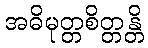
အဓိမုတ္တစိတ္တန္တိ